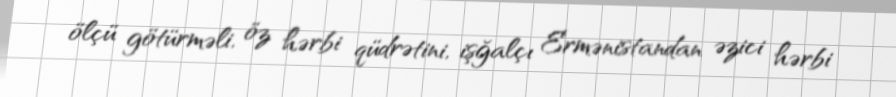
ölçü götürməli, öz hərbi qüdrətini, işğalçı Ermənistandan əzici hərbi